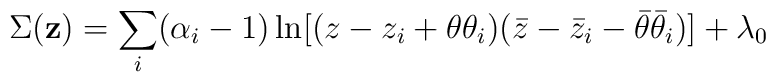
\Sigma ({\bf z}) = \sum_i (\alpha_i-1)\ln [(z-z_i+\theta\theta_i)(\bar z-\bar z_i-\bar\theta\bar\theta_i)]+\lambda_0